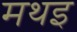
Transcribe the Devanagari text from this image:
मथइ